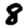
Digit: 8